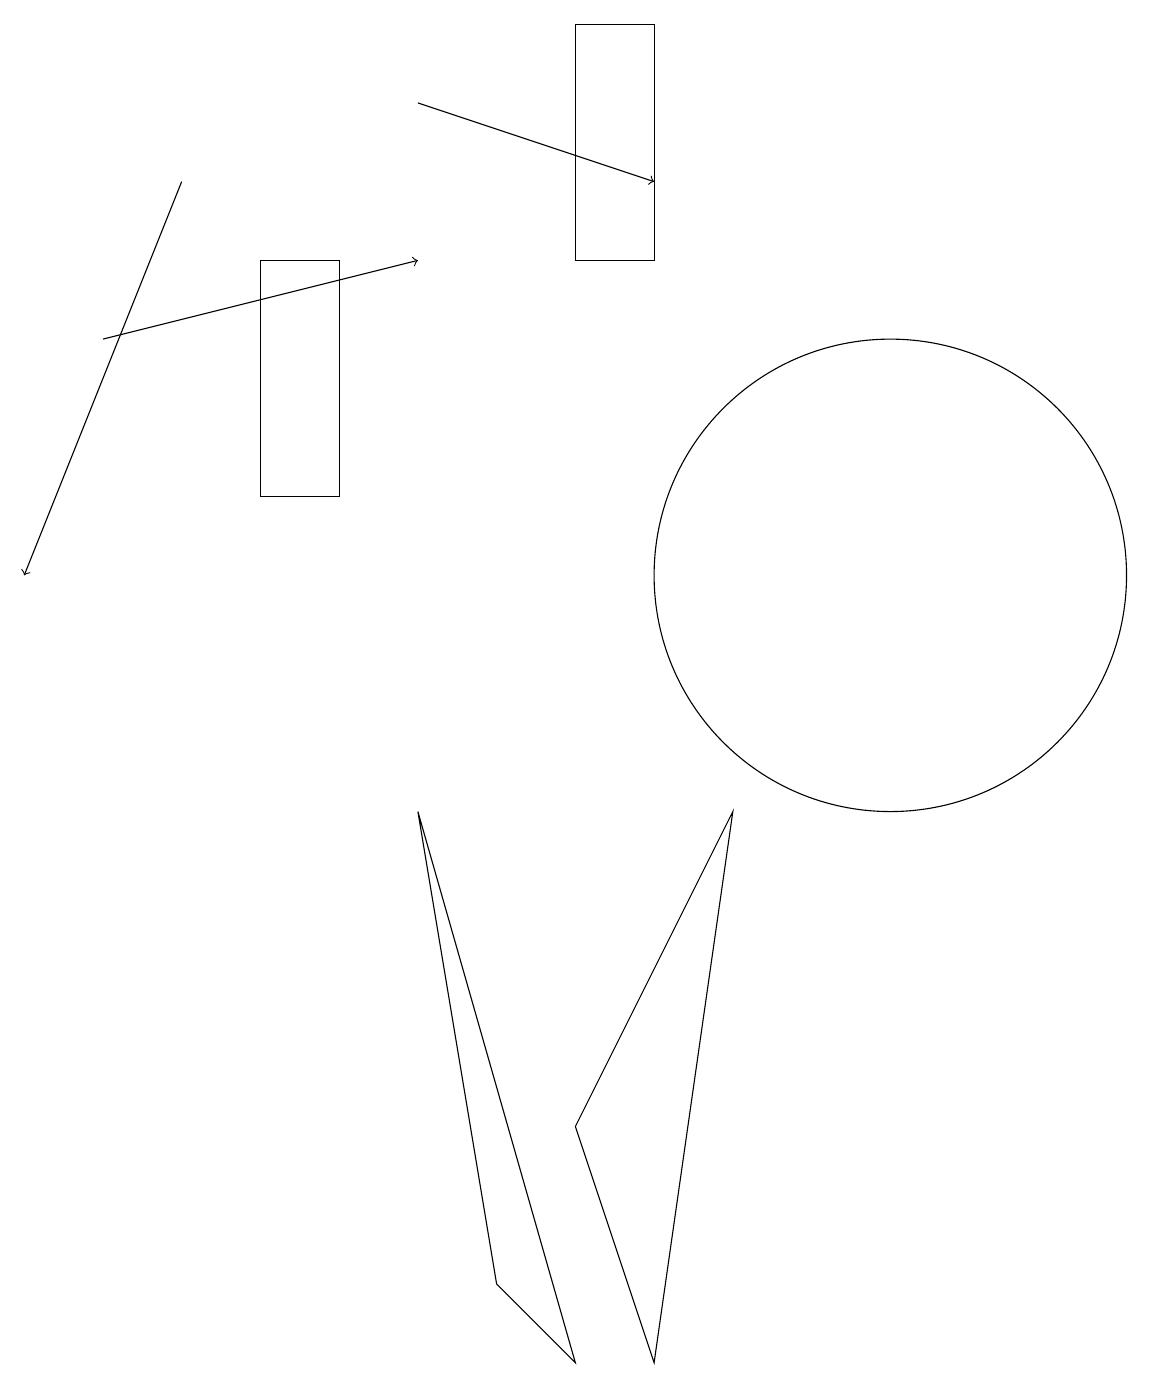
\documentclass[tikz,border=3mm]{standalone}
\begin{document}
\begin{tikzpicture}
\draw (7,3) -- (9,7) -- (8,0) -- cycle;
\draw (7,0) -- (6,1) -- (5,7) -- cycle;
\draw (7,14) rectangle (8,17);
\draw[->] (5,16) -- (8,15);
\draw (3,11) rectangle (4,14);
\draw[->] (1,13) -- (5,14);
\draw (11,10) circle (3);
\draw[->] (2,15) -- (0,10);
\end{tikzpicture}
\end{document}